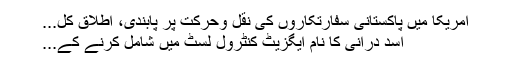
امریکا میں پاکستانی سفارتکاروں کی نقل وحرکت پر پابندی، اطلاق کل...
اسد درانی کا نام ایگزیٹ کنٹرول لسٹ میں شامل کرنے کے...